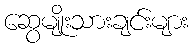
ဆွေမျိုးသားချင်းများ